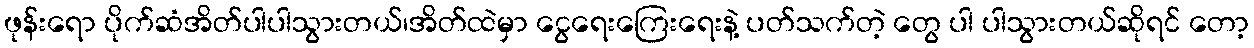
ဖုန်းရော ပိုက်ဆံအိတ်ပါပါသွားတယ်၊အိတ်ထဲမှာ ငွေရေးကြေးရေးနဲ့ ပတ်သက်တဲ့ တွေ ပါ ပါသွားတယ်ဆိုရင် တော့